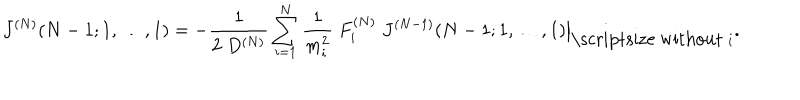
J ^ { ( N ) } ( N - 1 ; 1 , \ldots , 1 ) = - \frac { 1 } { 2 \; D ^ { ( N ) } } \sum _ { i = 1 } ^ { N } \frac { 1 } { m _ { i } ^ { 2 } } \; F _ { i } ^ { ( N ) } \; \left. J ^ { ( N - 1 ) } ( N - 1 ; 1 , \ldots , 1 ) \right| _ { \mathrm { \scriptsize ~ w i t h o u t } \; i } .